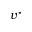
v ^ { \star }